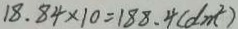
1 8 . 8 4 \times 1 0 = 1 8 8 . 4 ( d m ^ { 2 } )